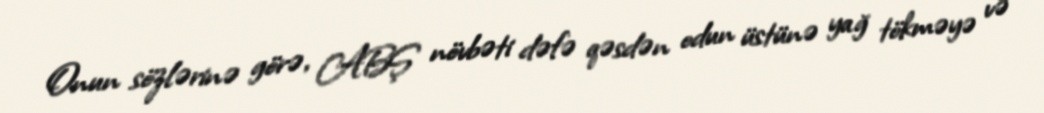
Onun sözlərinə görə, ABŞ növbəti dəfə qəsdən odun üstünə yağ tökməyə və